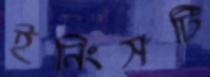
ইনিংসটি